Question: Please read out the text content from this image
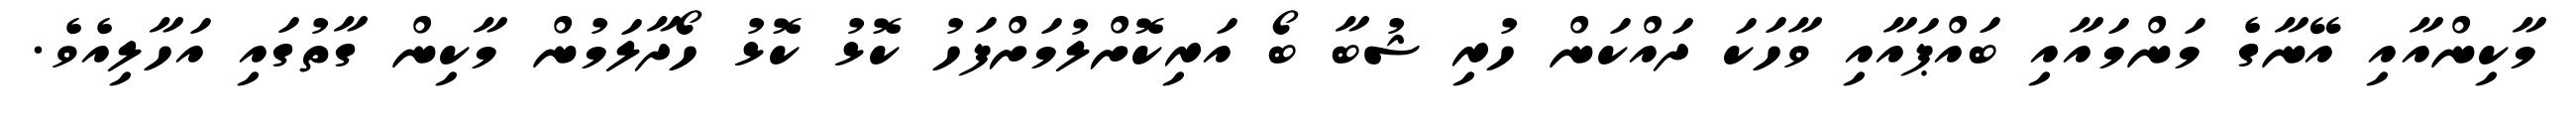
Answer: މާކިންއާއި އޭނާގެ މަންމައާއި ބައްޕައާއި ވާހަކަ ދައްކަން ހުރި ޝުބާ ބޯ އަރިކޮށްލުމަށްފަހު ކޮޅު ކޮޅު ހޯދާލަމުން މާކިން ގާތުގައި އަހާލިއެވެ.